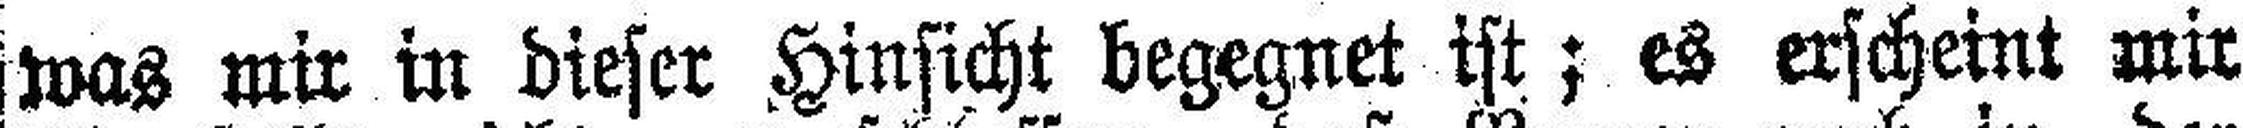
was mir in dieser Hinsicht begegnet ist; es erscheint mir